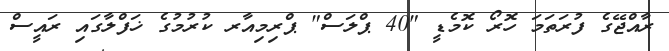
ރާއްޖޭގެ ފުރަތަމަ ހޮރޯ ކޮމެޑީ "40 ޕްލަސް" ޕްރިމިއާރ ކުރުމުގެ ޚަފްލާގައި ރައީސް